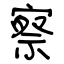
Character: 察